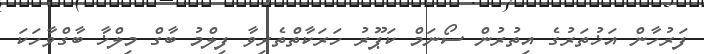
ފަރުހާން އަޚުތަރުގެ އިތުރުން ސޯނަމް ކަޕޫރު ހަރަކާތްތެރިވާ ފިލްމު ބާގް މިލްޚާ ބާގްވާހަކަ